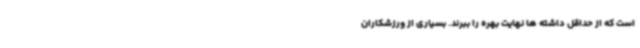
است که از حداقل داشته ها نهایت بهره را ببرند. بسیاری از ورزشکاران